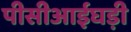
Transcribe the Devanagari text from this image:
पीसीआईघड़ी